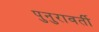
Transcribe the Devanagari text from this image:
पुनुरावर्ती